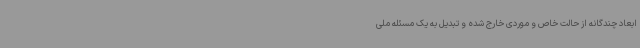
ابعاد چندگانه از حالت خاص و موردی خارج شده و تبدیل به یک مسئله ملی